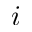
i